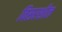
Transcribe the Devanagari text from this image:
विसरशील